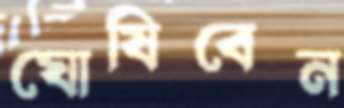
ঘোষিবেন